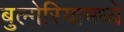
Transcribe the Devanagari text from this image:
बुल्गेरियामध्ये